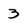
Character: 3